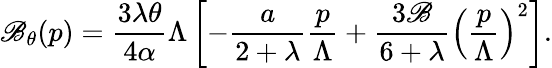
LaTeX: \mathscr{B}_{\theta}(p)={\frac{{3\lambda\theta}}{{4\alpha}}}\Lambda\left[-{\frac{{a}}{{2+\lambda}}}{\frac{{p}}{{\Lambda}}}+{\frac{{3\mathscr{B}}}{{6+\lambda}}}\left({\frac{{p}}{{\Lambda}}}\right)^{2}\right].